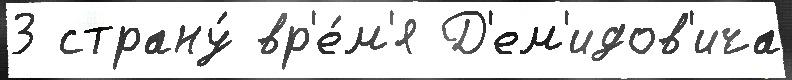
3 страну́ вр'е́м'я Д'ем'идов'ича